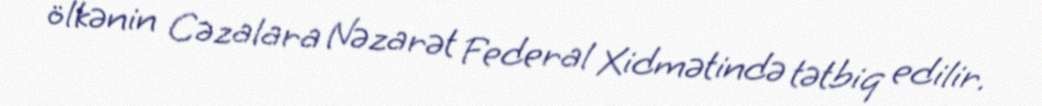
ölkənin Cəzalara Nəzarət Federal Xidmətində tətbiq edilir.